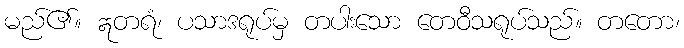
မည်၏။ ဣတရံ၊ ပသာဒရုပ်မှ တပါးသော တေဝီသရုပ်သည်။ တတော၊